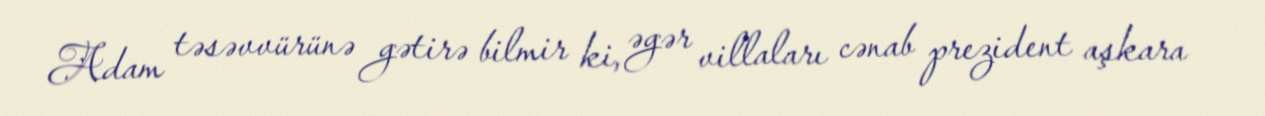
Adam təsəvvürünə gətirə bilmir ki, əgər villaları cənab prezident aşkara